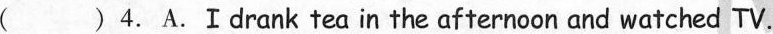
( )4.A.Ⅰdrank tea in the afternoon and watched TV.